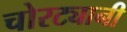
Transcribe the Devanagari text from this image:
चोरट्यानी